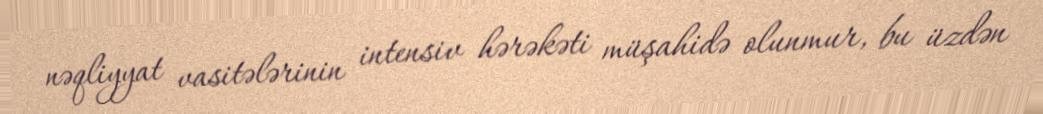
nəqliyyat vasitələrinin intensiv hərəkəti müşahidə olunmur, bu üzdən